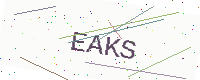
Text: EAKS